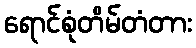
ရောင်စုံတိမ်တံတား